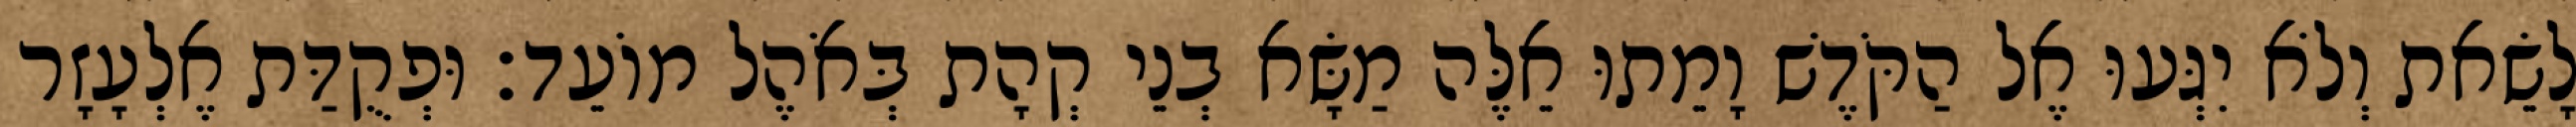
לָשֵׂאת וְלֹא יִגְּעוּ אֶל הַקֹּדֶשׁ וָמֵתוּ אֵלֶּה מַשָּׂא בְנֵי קְהָת בְּאֹהֶל מוֹעֵד׃ וּפְקֻדַּת אֶלְעָזָר